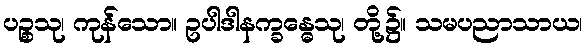
ပဉ္စသု၊ ကုန်သော။ ဥပါဒါနက္ခန္ဓေသု၊ တို့၌။ သမပညာသာယ၊